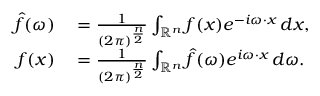
\begin{array} { r l } { { \hat { f } } ( \omega ) } & { { } = { \frac { 1 } { ( 2 \pi ) ^ { \frac { n } { 2 } } } } \int _ { \mathbb { R } ^ { n } } f ( x ) e ^ { - i \omega \cdot x } \, d x , } \\ { f ( x ) } & { { } = { \frac { 1 } { ( 2 \pi ) ^ { \frac { n } { 2 } } } } \int _ { \mathbb { R } ^ { n } } { \hat { f } } ( \omega ) e ^ { i \omega \cdot x } \, d \omega . } \end{array}